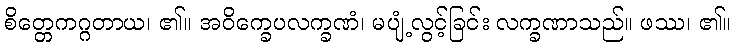
စိတ္တေကဂ္ဂတာယ၊ ၏။ အဝိက္ခေပလက္ခဏံ၊ မပျံ့လွင့်ခြင်း လက္ခဏာသည်။ ဖဿ၊ ၏။